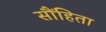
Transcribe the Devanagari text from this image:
सौंहिता